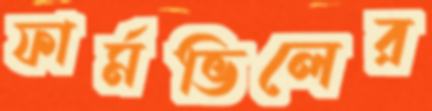
ফার্মভিলের